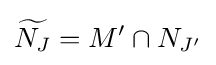
{\widetilde {N_{J}}}=M'\cap N_{J'}